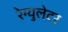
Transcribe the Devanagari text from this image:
रेग्‍युलेटर